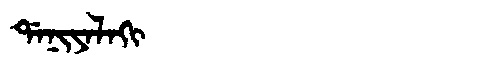
Manchu: ᡩᠠᠨᡳᠶᠠᠯᠠᡴᡳ
Romanization: DANIYALAKI